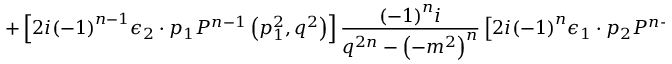
+ \left[ 2 i { \left( - 1 \right) } ^ { n - 1 } { \epsilon } _ { 2 } \cdot p _ { 1 } P ^ { n - 1 } \left( p _ { 1 } ^ { 2 } , q ^ { 2 } \right) \right] \frac { { \left( - 1 \right) } ^ { n } i } { q ^ { 2 n } - { \left( - m ^ { 2 } \right) } ^ { n } } \left[ 2 i { \left( - 1 \right) } ^ { n } { \epsilon } _ { 1 } \cdot p _ { 2 } P ^ { n - 1 } \left( q ^ { 2 } , p _ { 2 } ^ { 2 } \right) \right] +